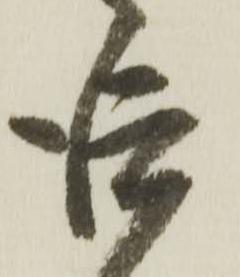
仰